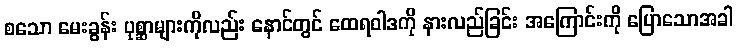
စသော မေးခွန်း ပုစ္ဆာများကိုလည်း နောင်တွင် ထေရဝါဒကို နားလည်ခြင်း အကြောင်းကို ပြောသောအခါ